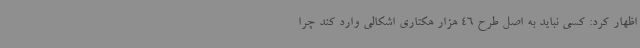
اظهار کرد: کسی نباید به اصل طرح 46 هزار هکتاری اشکالی وارد کند چرا